Note on the mental hospitals in Burma - 1925-1940
Year: 1925
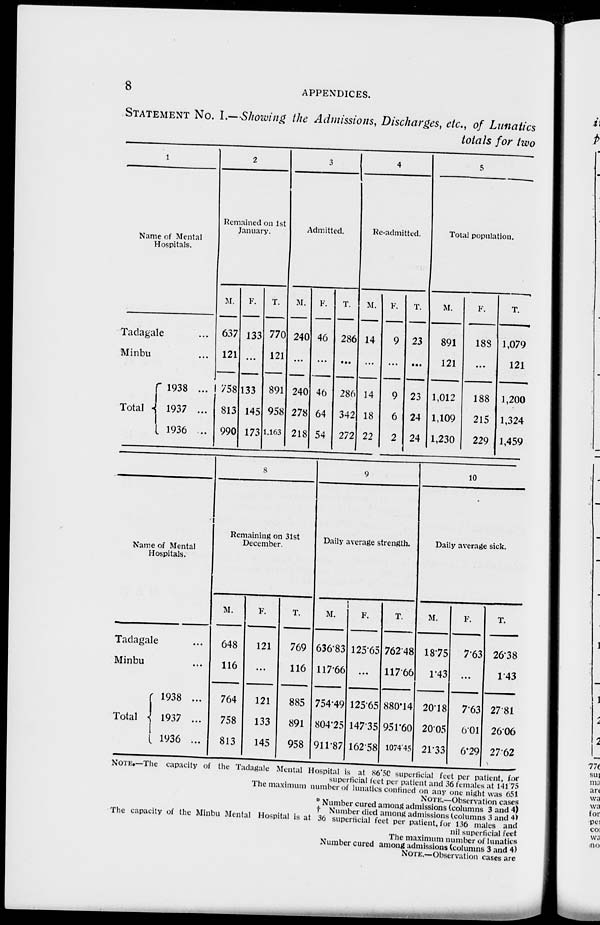
8
APPENDICES.
STATEMENT NO. I.—Showing the Admissions, Discharges, etc., of Lunatics
totals for two
1
Name of Mental
Hospitals.
Tadagale ...
Minbu ...
Total
1938 ...
1937 ...
1936 ...
2
Remained on 1st
January.
M.
637
121
758
813
990
F.
133
...
133
145
173
T.
770
121
891
958
1,163
3
Admitted.
M.
240
...
240
278
218
F.
46
...
46
64
54
T.
286
...
286
342
272
4
Re-admitted.
M.
14
...
14
18
22
F.
9
...
9
6
2
T.
23
...
23
24
24
5
Total population.
M.
891
121
1,012
1,109
1,230
F.
188
...
188
215
229
T.
1,079
121
1,200
1,324
1,459
Name of Mental
Hospitals.
Tadagale ...
Minbu ...
Total
1938 ...
1937 ...
1936 ...
8
Remaining on 31st
December.
M.
648
116
764
758
813
F.
121
...
121
133
145
T.
769
116
885
891
958
9
Daily average strength.
M.
636.83
117.66
754.49
804.25
911.87
F.
125.65
...
125.65
147.35
162.58
T.
762.48
117.66
880.14
951.60
1074.45
10
Daily average sick.
M.
18.75
1.43
20.18
20.05
21.33
F.
7.63
...
7.63
6.01
6.29
T.
26.38
1.43
27.81
26.06
27.62
NOTE.—The capacity of the Tadagale Mental Hospital is at 86.50 superficial feet per patient, for
superficial feet per patient and 36 females at 141.75
The maximum number of lunatics confined on any one night was 651
NOTE.—Observation cases
* Number cured among admissions (columns 3 and 4)
† Number died among admissions (columns 3 and 4)
The capacity of the Minbu Mental Hospital is at 36 superficial feet per patient, for 136 males and
nil superficial feet
The maximum number of lunatics
Number cured among admissions (columns 3 and 4)
NOTE.—Observation cases are